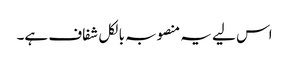
اس لیے یہ منصوبہ بالکل شفاف ہے۔